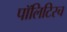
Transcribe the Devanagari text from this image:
पॉलिटिस्च